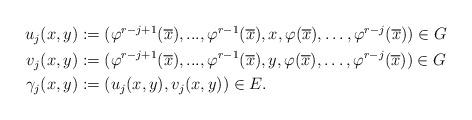
LaTeX: \begin{align*}\begin{aligned}u_j(x,y) &:= (\varphi^{r-j+1}(\overline{x}),...,\varphi^{r-1}(\overline{x}), x,\varphi(\overline{x}),\dots,\varphi^{r-j}(\overline{x}))\in G \\v_j(x,y) &:=(\varphi^{r-j+1}(\overline{x}),...,\varphi^{r-1}(\overline{x}), y,\varphi(\overline{x}),\dots,\varphi^{r-j}(\overline{x}))\in G\\\gamma_j(x,y)&:=(u_j(x,y),v_j(x,y)) \in E.\end{aligned}\end{align*}